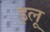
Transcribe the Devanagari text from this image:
इलू